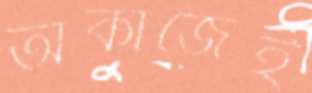
অকাজেই